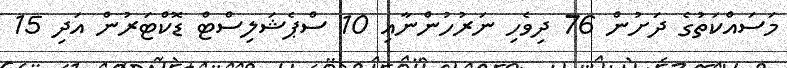
މަސައްކަތުގެ ދަށުން 76 ދިވެހި ނަރުހުންނާއި 10 ސްޕެޝަލިސްޓް ޑޮކްޓަރުން އަދި 15